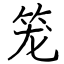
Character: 笼